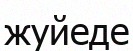
жуйеде